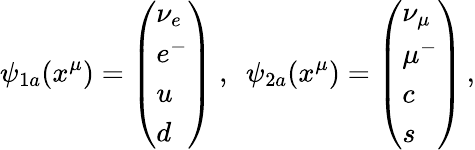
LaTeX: \psi_{1a}(x^{\mu})=\left(\begin{array}{l}{{\nu_{e}}}\\ {{e^{-}}}\\ {{u}}\\ {{d}}\end{array}\right)~,~~\psi_{2a}(x^{\mu})=\left(\begin{array}{l}{{\nu_{\mu}}}\\ {{\mu^{-}}}\\ {{c}}\\ {{s}}\end{array}\right)\, ,